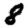
Digit: 8